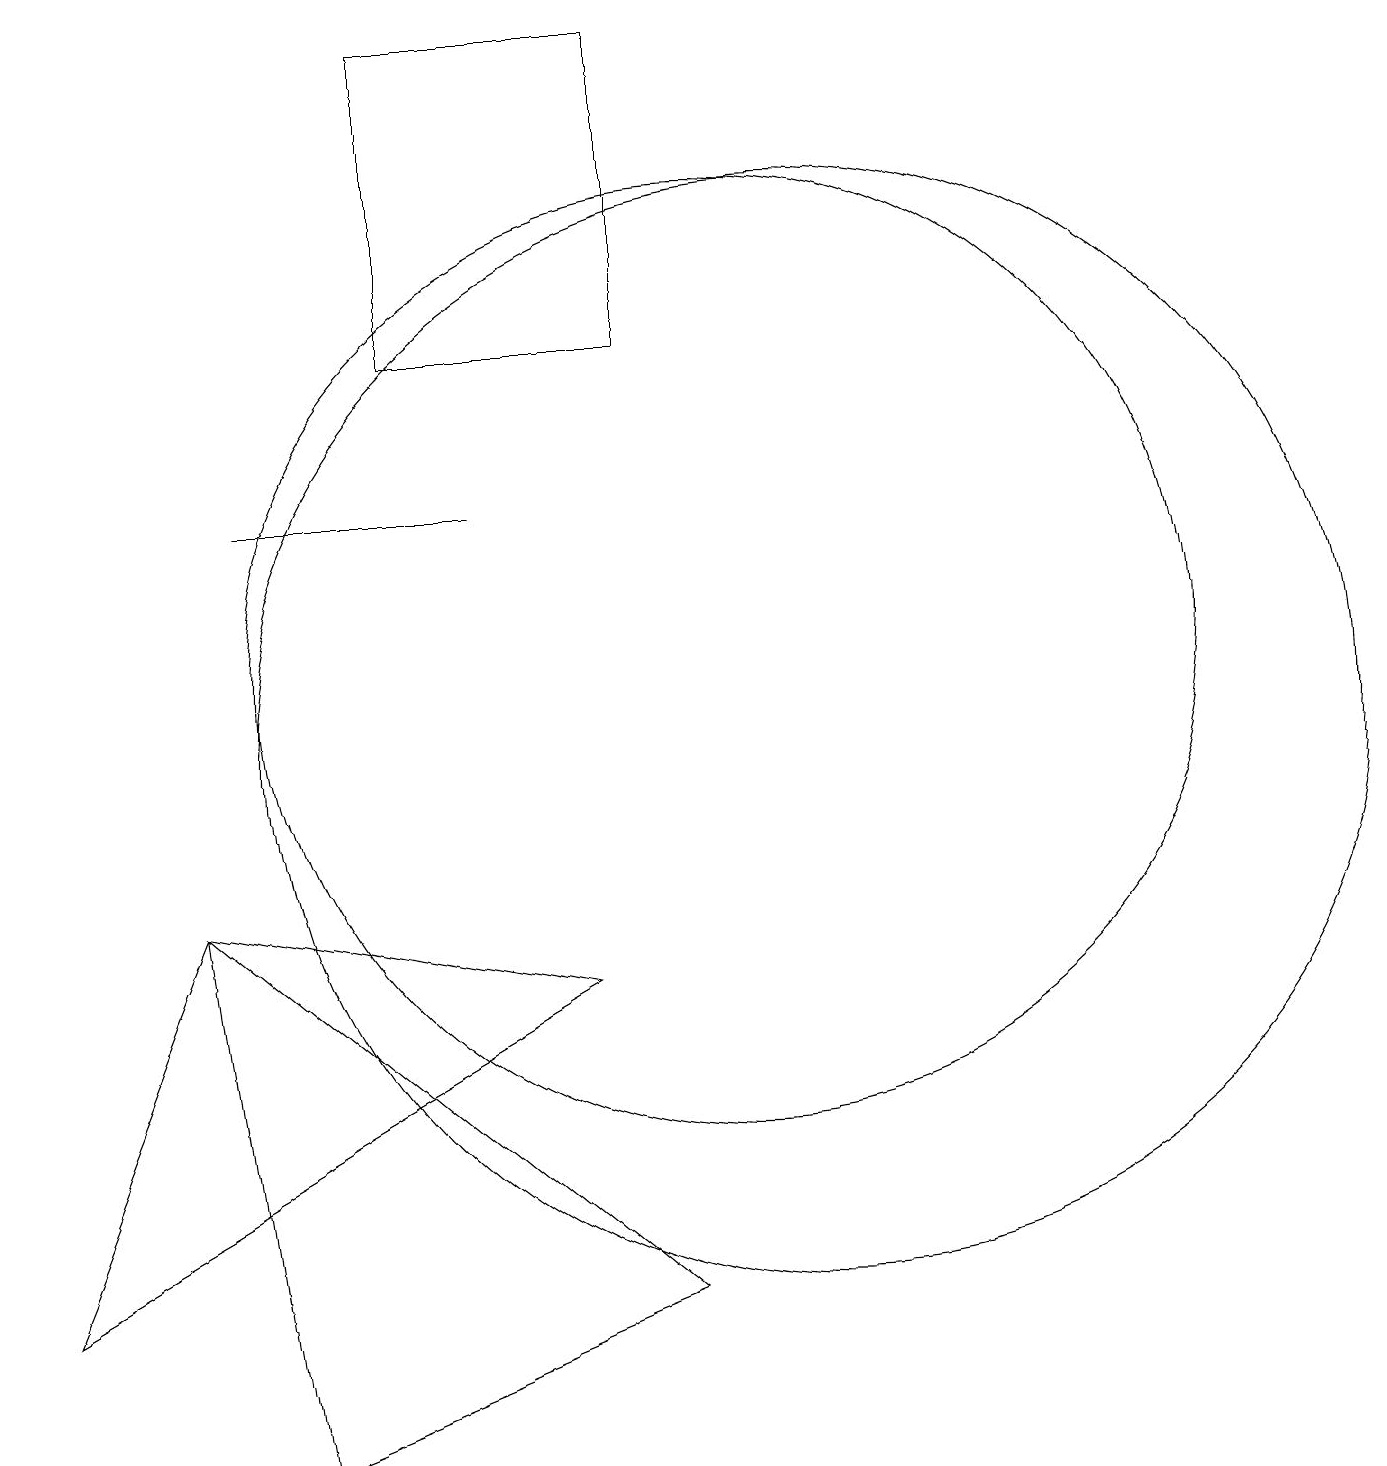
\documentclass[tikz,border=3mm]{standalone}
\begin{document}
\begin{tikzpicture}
\draw (6,19) rectangle (9,15);
\draw (3,8) -- (8,7) -- (1,3) -- cycle;
\draw (4,13) rectangle (7,13);
\draw (11,10) circle (7);
\draw (9,3) -- (4,1) -- (3,8) -- cycle;
\draw (10,11) circle (6);
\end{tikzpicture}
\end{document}